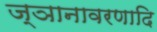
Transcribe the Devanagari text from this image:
ज्ञानावरणादि